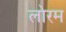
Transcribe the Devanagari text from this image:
लोरम